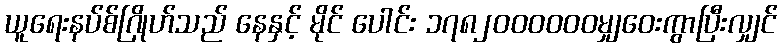
ယူရေးနပ်စ်ဂြိုဟ်သည် နေနှင့် မိုင် ပေါင်း ၁၇၈၂၀၀၀၀၀၀မျှဝေးကွာပြီးလျှင်